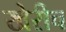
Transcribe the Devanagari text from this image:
खेरीच